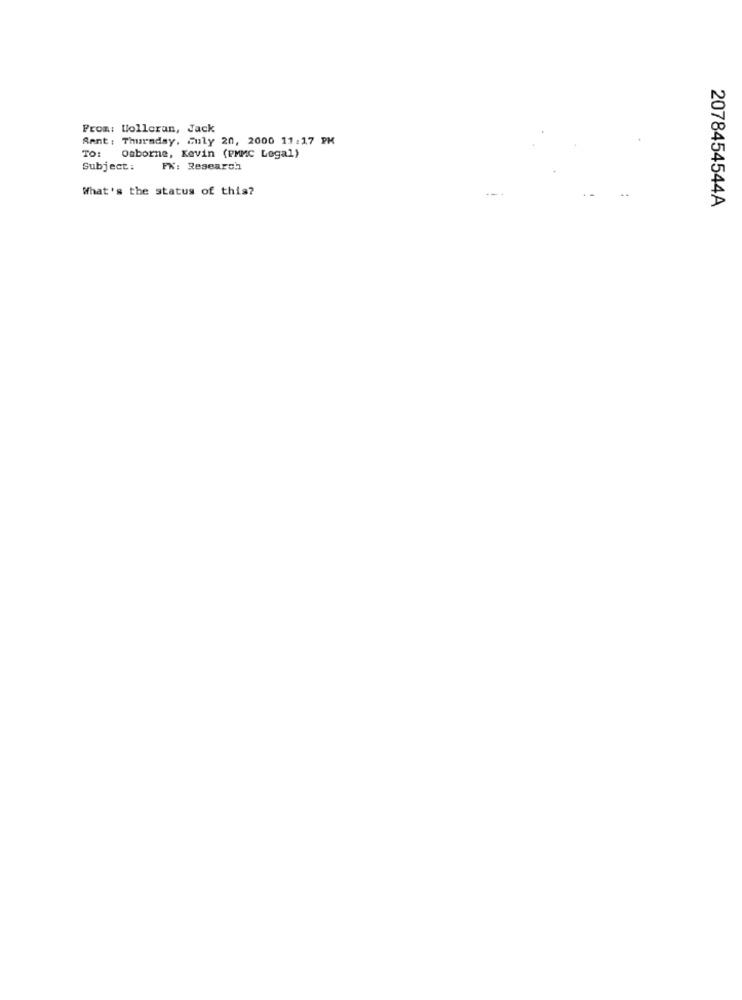
From: Wolleran, Jack
Sent : Thursday, Guly 20, 2000 11:17 PM
TO: Osborne, Kevin (PMMC Legal)
Subject :
FX: Research
What's the status of this?
2078454544A